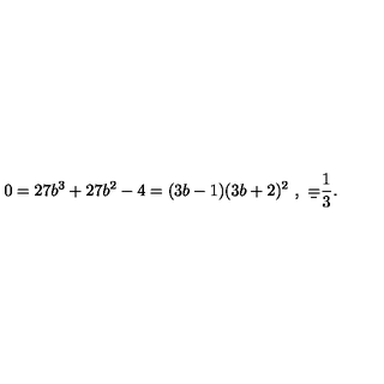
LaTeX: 0 = 2 7 b ^ { 3 } + 2 7 b ^ { 2 } - 4 = ( 3 b - 1 ) ( 3 b + 2 ) ^ { 2 } \ , \ \b = \frac { 1 } { 3 } .